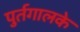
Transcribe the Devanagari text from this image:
पुर्तगालके